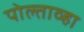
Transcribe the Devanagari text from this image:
पोल्ताव्हा